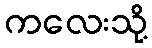
ကလေးသို့